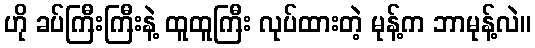
ဟို ခပ်ကြီးကြီးနဲ့ ထူထူကြီး လုပ်ထားတဲ့ မုန့်က ဘာမုန့်လဲ။